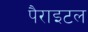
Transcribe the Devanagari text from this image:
पैराइटल